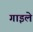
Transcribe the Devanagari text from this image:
गाइले